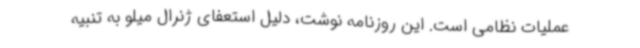
عملیات نظامی است. این روزنامه نوشت، دلیل استعفای ژنرال میلو به تنبیه